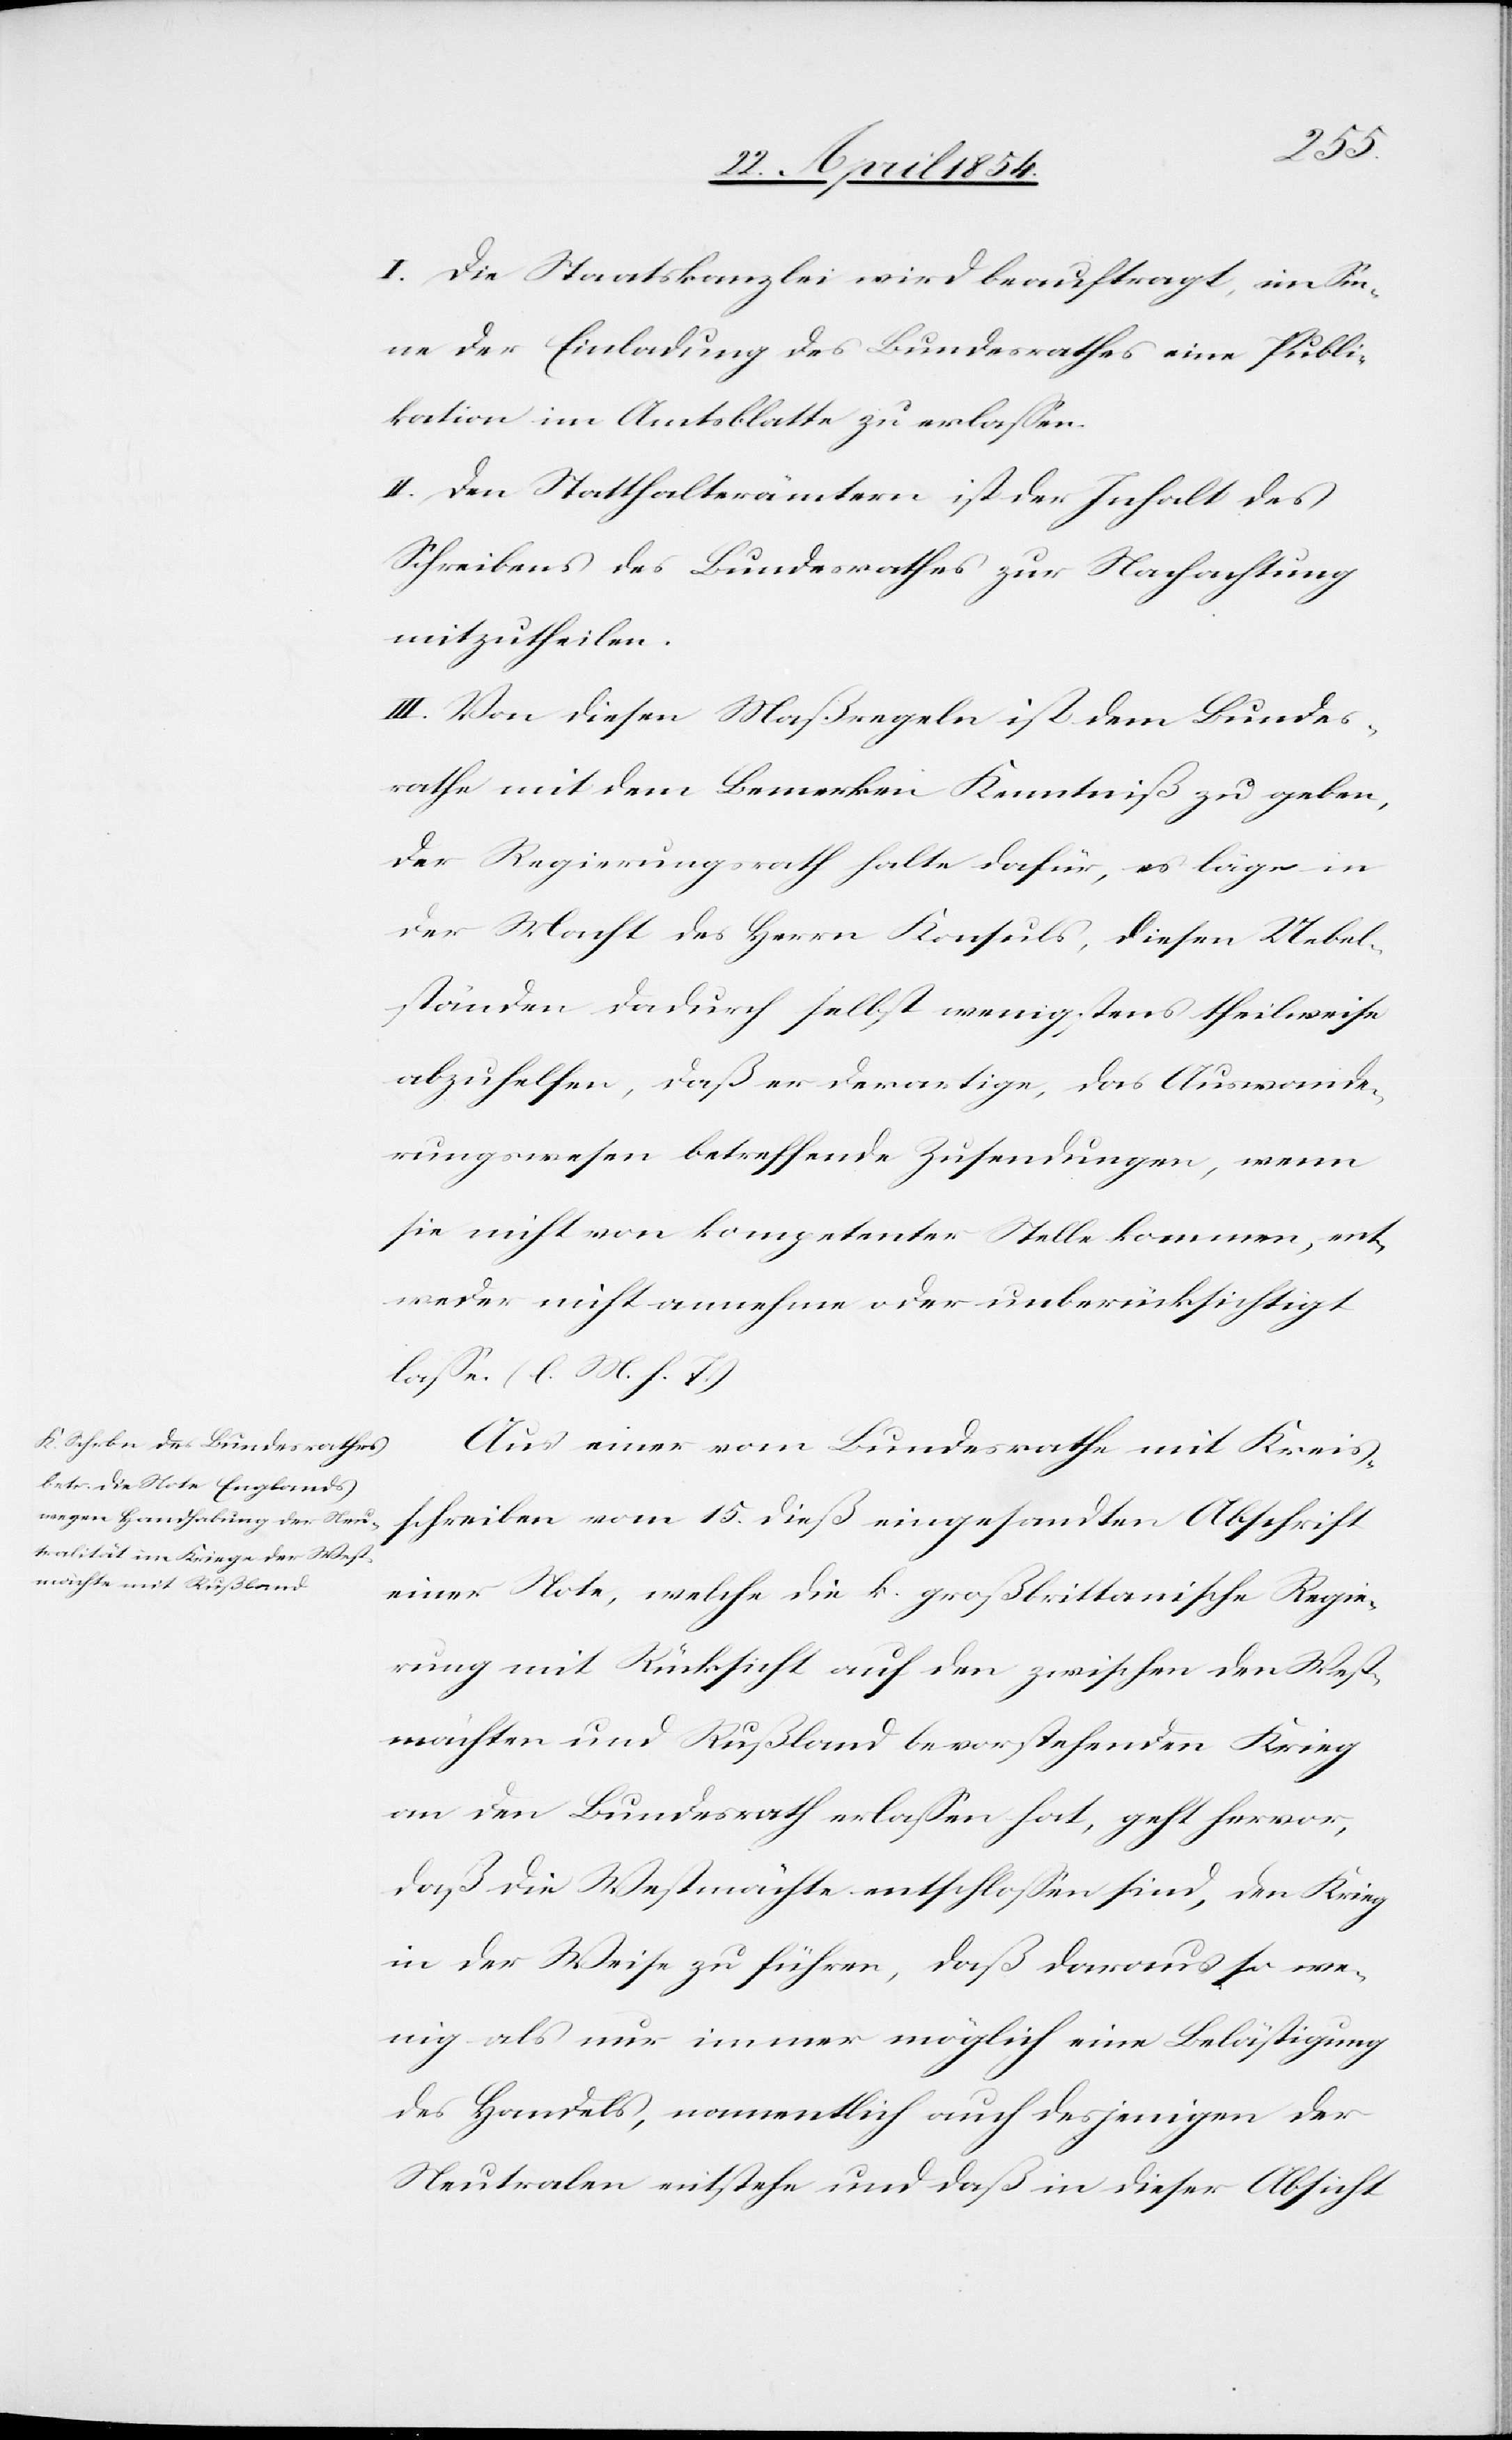
I. Die Staatskanzlei wird beauftragt, im Sin¬
ne der Einladung des Bundesrathes eine Publi¬
kation im Amtsblatte zu erlaßen.
II. Den Statthalterämtern ist der Inhalt des
Schreibens des Bundesrathes zur Nachachtung
mitzutheilen.
III. Von diesen Maßregeln ist dem Bundes¬
rathe mit dem Bemerken Kenntniß zu geben,
der Regierungsrath halte dafür, es läge in
der Macht des Herrn Konsuls, diesen Uebel¬
ständen dadurch selbst wenigstens theilweise
abzuhelfen, daß er derartige, das Auswande¬
rungswesen betreffende Zuwendungen, wenn
sie nicht von kompetenter Stelle kommen, ent¬
weder nicht annehme oder unberücksichtigt
laße. (l. M. h. T.)
Aus einer vom Bundesrathe mit Kreis¬
schreiben vom 15. dieß eingesandten Abschrift
einer Note, welche die k. großbrittanische Regie¬
rung mit Rücksicht auf den zwischen den West¬
mächten und Rußland bevorstehenden Krieg
an den Bundesrath erlaßen hat, geht hervor,
daß die Westmächte entschloßen sind, den Krieg
in der Weise zu führen, daß daraus so we¬
nig als nur immer möglich eine Belästigung
des Handels, namentlich auch desjenigen der
Neutralen entstehe und daß in dieser Absicht